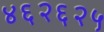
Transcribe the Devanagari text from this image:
४६२६२५